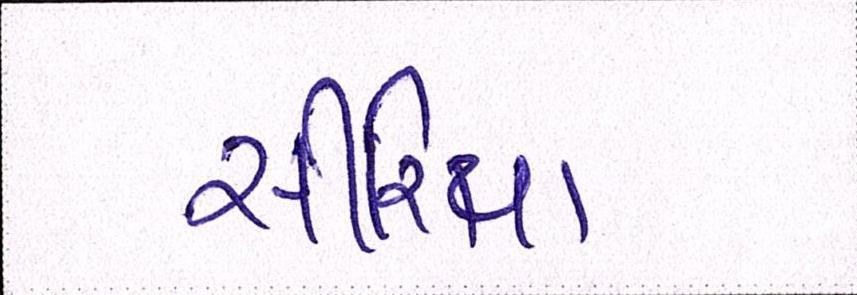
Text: સીરિયા